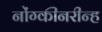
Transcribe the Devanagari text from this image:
नोंग्कीनरीन्ह